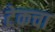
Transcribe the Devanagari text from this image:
टेकचा